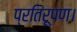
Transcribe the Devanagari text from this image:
प्रतिरूपण।